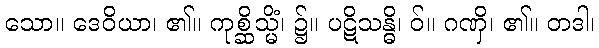
သော။ ဒေဝိယာ၊ ၏။ ကုစ္ဆိသ္မိံ၊ ၌။ ပဋိသန္ဓိ၊ ဝ်။ ဂဏှိ၊ ၏။ တဒါ၊